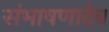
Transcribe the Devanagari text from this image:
संभाषणादेव